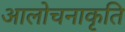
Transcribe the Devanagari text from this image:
आलोचनाकृति